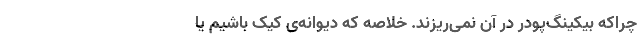
چراکه بیکینگ‌پودر در آن نمی‌ریزند. خلاصه که دیوانه‌ی کیک باشیم یا